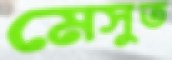
মেসুত